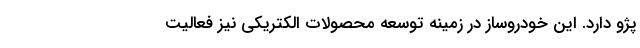
پژو دارد. این خودروساز در زمینه توسعه محصولات الکتریکی نیز فعالیت